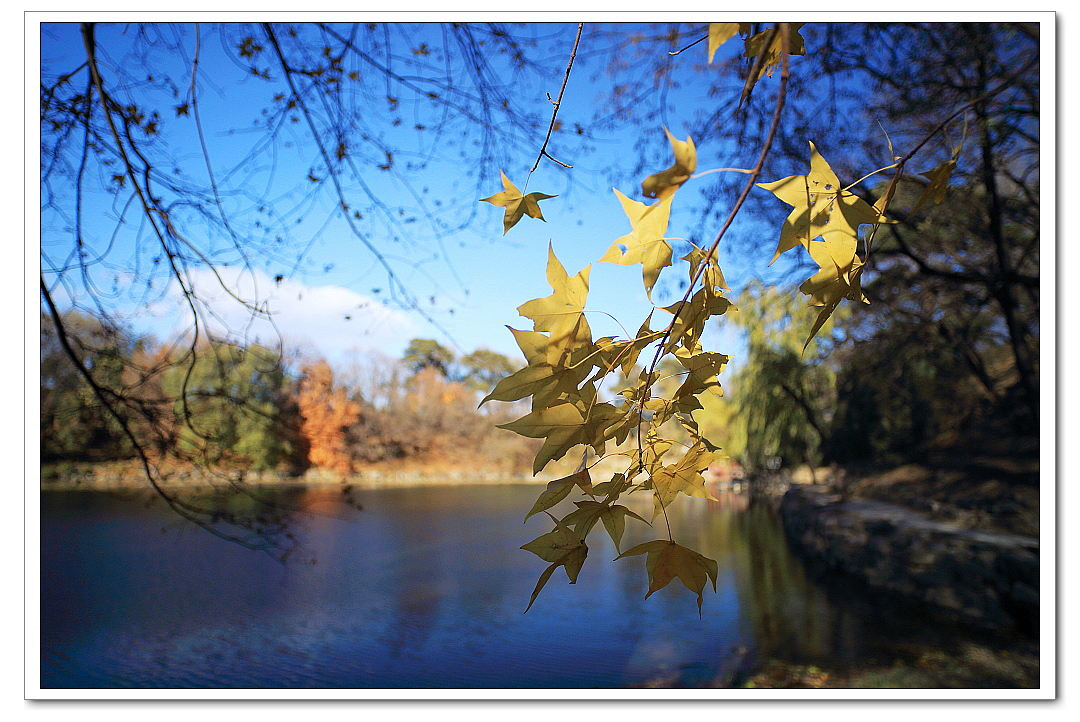
秋气堪悲未必然，轻寒正是可人天。